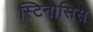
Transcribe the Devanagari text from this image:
स्टिनोसिस